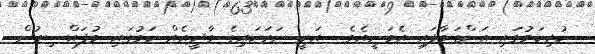
ހުރިކަމުގައި އަންގަވާފައި އެވަނީއެވެ.  އަކީ ނަރަކައިގެ ވާދީއެއް ކަމުގައި މުފައްސިރުން